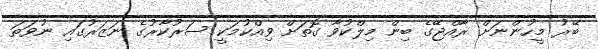
ބޭރު މީހުންނަށް ރާއްޖޭގެ ބިން މިލްކުވާ ގޮތަށް ވިއްކުމަކީ ސަރުކާރުގެ ނަޒަރުގައި ނުވަތަ